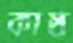
কাষ্ঠ